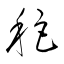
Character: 秬